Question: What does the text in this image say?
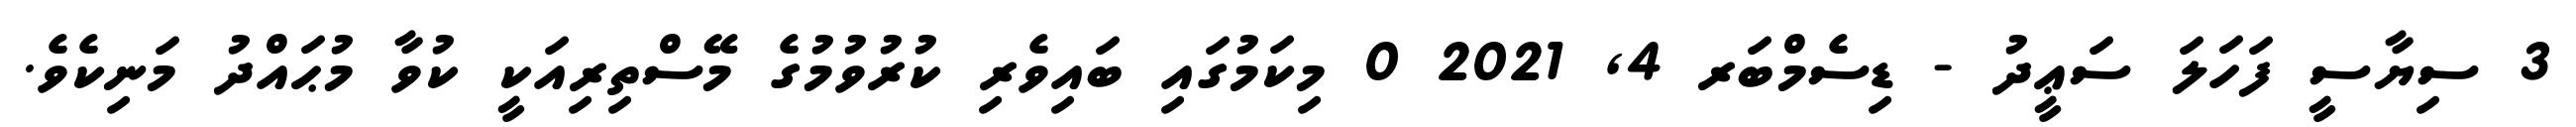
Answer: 3 ސިޔާސީ ފަހަލަ ސަޢީދު - ޑިސެމްބަރ 4, 2021 0 މިކަމުގައި ބައިވެރި ކުރުވުމުގެ މޭސްތިރިއަކީ ކުވާ މުޙައްދު މަނިކެވެ.